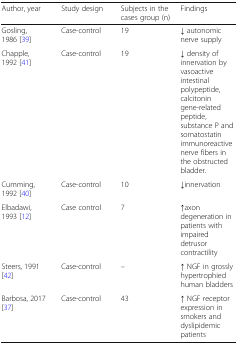
| Author, year | Study design | Subjects in the cases group (n) | Findings |
 | --- | --- | --- | --- |
 | Gosling, 1986 [39] | Case-control | 19 | ↓ autonomic nerve supply |
 | Chapple, 1992 [41] | Case-control | 19 | ↓ density of innervation by vasoactive intestinal polypeptide, calcitonin gene-related peptide, substance P and somatostatin immunoreactive nerve fibers in the obstructed bladder. |
 | Cumming, 1992 [40] | Case-control | 10 | ↓innervation |
 | Elbadawi, 1993 [12] | Case control | 7 | ↑axon degeneration in patients with impaired detrusor contractility |
 | Steers, 1991 [42] | Case-control | – | ↑ NGF in grossly hypertrophied human bladders |
 | Barbosa, 2017 [37] | Case-control | 43 | ↑ NGF receptor expression in smokers and dyslipidemic patients |